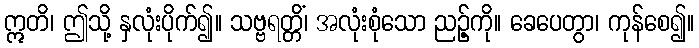
ဣတိ၊ ဤသို့ နှလုံးပိုက်၍။ သဗ္ဗရတ္တိံ၊ အလုံးစုံသော ညဉ့်ကို။ ခေပေတွာ၊ ကုန်စေ၍။